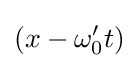
(x-\omega '_{0}t)